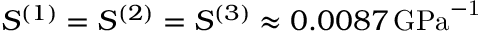
S ^ { ( 1 ) } = S ^ { ( 2 ) } = S ^ { ( 3 ) } \approx 0 . 0 0 8 7 \, \mathrm { { G P a } ^ { - 1 } }